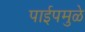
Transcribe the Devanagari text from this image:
पाईपमुळे